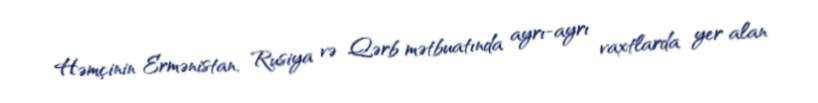
Həmçinin Ermənistan, Rusiya və Qərb mətbuatında ayrı-ayrı vaxtlarda yer alan